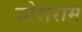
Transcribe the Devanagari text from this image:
जोराराम